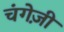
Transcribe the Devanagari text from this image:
चंगेज़ी